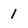
Character: 1